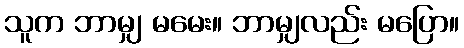
သူက ဘာမျှ မမေး။ ဘာမျှလည်း မပြော။